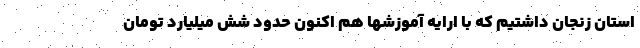
استان زنجان داشتیم که با ارایه آموزشها هم اکنون حدود شش میلیارد تومان